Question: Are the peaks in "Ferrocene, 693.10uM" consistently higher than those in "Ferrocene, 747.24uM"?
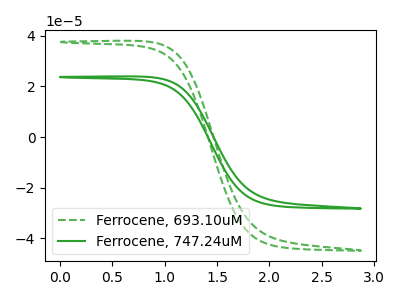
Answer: <think>The green dashed curve "Ferrocene, 693.10uM" has no peaks. The green curve "Ferrocene, 747.24uM" has no peaks.</think>
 <answer>Niether CV has any peaks.</answer>
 <eval>blanks</eval>